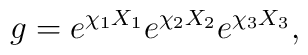
g = e^{\chi_1 X_1} e^{\chi_2 X_2} e^{\chi_3 X_3},